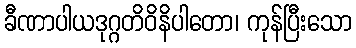
ခီဏာပါယဒုဂ္ဂတိဝိနိပါတော၊ ကုန်ပြီးသော